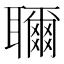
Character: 𬚨